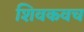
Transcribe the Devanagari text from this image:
शिवकवच